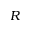
R